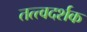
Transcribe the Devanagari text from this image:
तत्त्वदर्शक